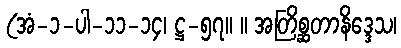
(အံ-၁-ပါ-၁၁-၁၄၊ ဋ္ဌ-၅၇။ ။ အတြိစ္ဆတာနိဒ္ဒေသ၊